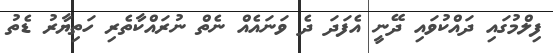
ފިލްމުގައި ދައްކުވައި ދޭނީ އެފަދަ ދެ ވަނައެއް ނެތް ނުރައްކާތެރި ހަތިޔާރު ޑެތު